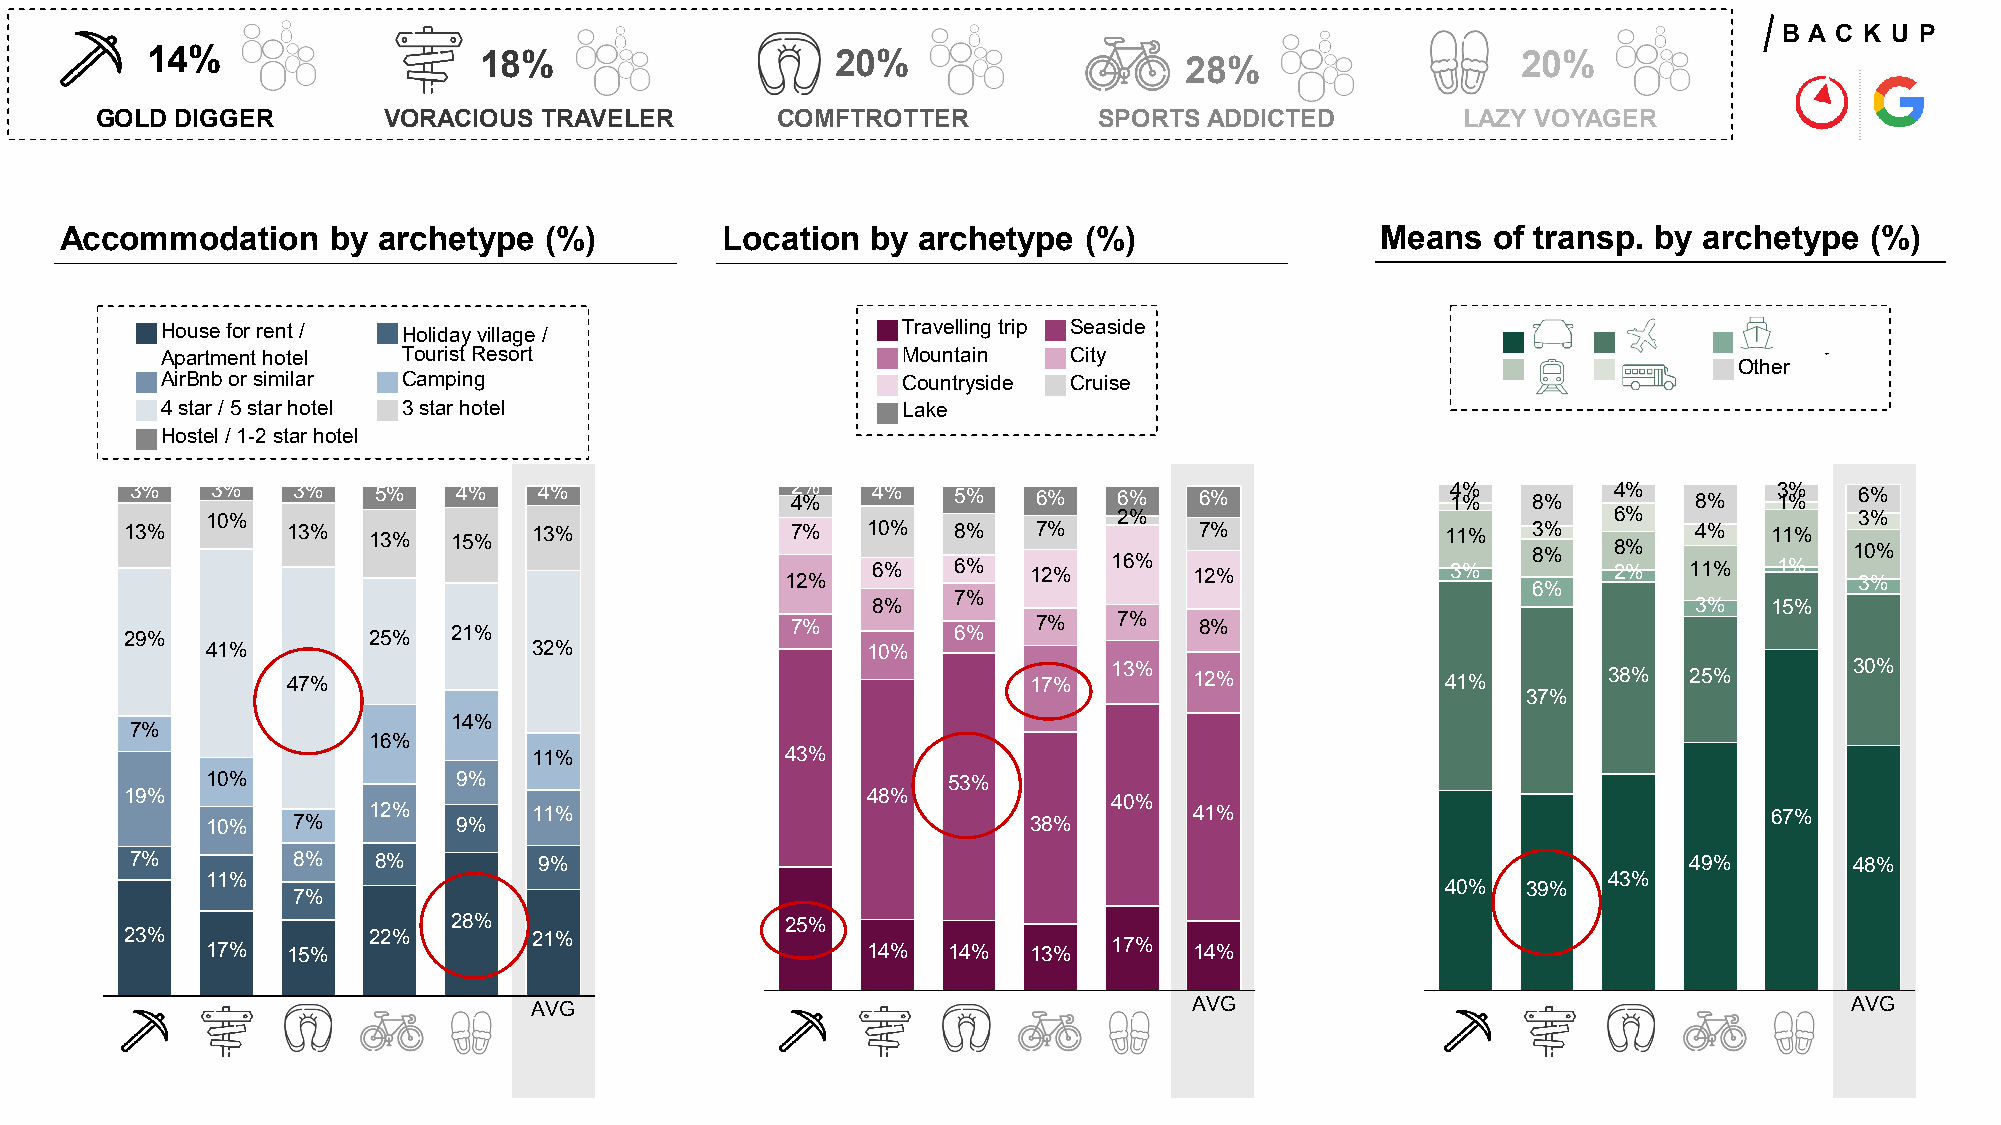
B A C K U P
 14%                   18%                    20%                    28%                    20%
 GOLD  DIGGER       VORACIOUS  TRAVELER       COMFTROTTER           SPORTS ADDICTED       PRLOADZUYC VTO PYRAAGGEMRATIC
 Accommodation     by archetype  (%)         Location  by archetype  (%)                Means   of transp. by archetype  (%)
 House for rent / Holiday village /               Travelling trip Seaside                  Car   Airplane Ship/Ferry
 Apartment hotel Tourist Resort                   Mountain   City
 Train Coach   Other
 AirBnb or similar Camping                        Countryside Cruise
 4 star / 5 star hotel 3 star hotel               Lake
 Hostel / 1-2 star hotel
 3%   3%   3%    5%   4%    4%              42 %% 4%   5%    6%   6%   6%               14 %% 8%   4%   8%    13 %% 6%
 10%                                                         2%                               6%              3%
 13%        13%  13%   15%  13%              7%   10%   8%    7%        7%               11%  3 8% % 8%  4%   11%   10%
 12%   6%   6%   12%   16%  12%              3%   6%    2%   11%   1%   3%
 7%
 8%                                                    3%   15%
 29%             25%   21%                   7%         6%    7%   7%   8%
 41%                  32%                   10%
 47%                                              17%   13%  12%              41%       38%   25%        30%
 37%
 14%
 7%
 16%
 11%              43%
 10%             9%                               53%
 19%                                              48%              40%
 10%  7%   12%   9%   11%                              38%        41%                                   67%
 7%        8%    8%         9%                                                                          49%        48%
 11%                                                                                         43%
 40%  39%
 7%
 28%                   25%
 23%   17%  15%  22%        21%                   14%   14%  13%   17%  14%
 AVG                                         AVG                                         AVG